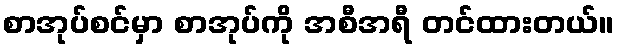
စာအုပ်စင်မှာ စာအုပ်ကို အစီအရီ တင်ထားတယ်။